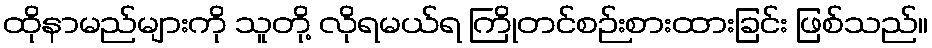
ထိုနာမည်များကို သူတို့ လိုရမယ်ရ ကြိုတင်စဉ်းစားထားခြင်း ဖြစ်သည်။